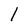
Character: 1